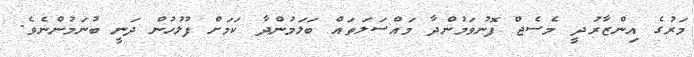
މަރުގެ އިންޒާރުދީ މެސެޖް ފޮނުވަމުންދާ މައްސަލަތައް ބަލަމުންދާ ކަމަށް ފުލުހުން ދަނީ ބުނަމުންނެވެ.